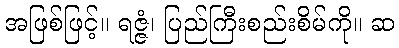
အဖြစ်ဖြင့်။ ရဇ္ဇံ၊ ပြည်ကြီးစည်းစိမ်ကို။ ဆ